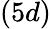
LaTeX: (5d)